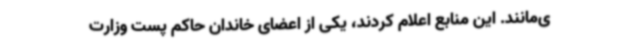
ی‌مانند. این منابع اعلام کردند، یکی از اعضای خاندان حاکم پست وزارت